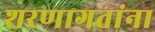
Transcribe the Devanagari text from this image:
शरणागतांना